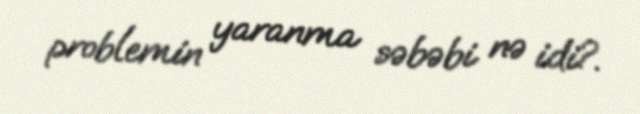
problemin yaranma səbəbi nə idi?.